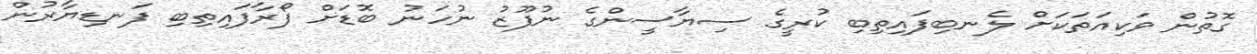
ގޮތުން ވަކިއަތަކަށް ލެނބިފައިތިބި ކުރީގެ ސިޔާސީންގެ ނުފޫޒު ނުހަނު ބޮޑަށް ފޯރާފައިތިބި ފަނޑިޔާރުން